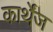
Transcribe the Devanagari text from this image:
कार्थेंज